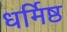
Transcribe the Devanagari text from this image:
धर्मिष्ठ